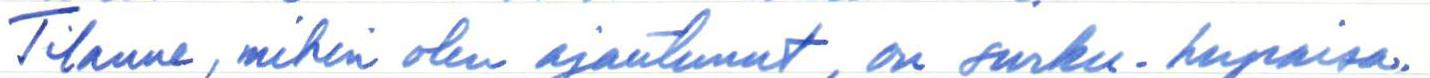
Tilanne, mihin olen ajautunut, on surku-hupaisa.